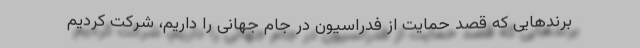
برندهایی که قصد حمایت از فدراسیون در جام جهانی را داریم، شرکت کردیم